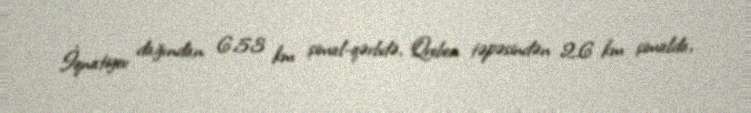
İqnatiyev dağından 6.53 km şimal-qərbdə, Qreben təpəsindən 2.6 km şimalda,